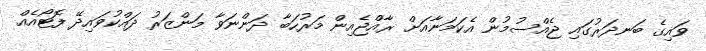
ވައިގެ ބަނދަރުގައި ޖެއްސުމުން އެކަމަނާއަށް ރާއްޖެއިން މަރުހަބާ ދަންނަވާ މަންޒަރު ދައްކުވައިދޭ ފޮޓޯއެއް